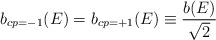
LaTeX: \begin{align*}b_{cp=-1}(E)=b_{cp=+1}(E)\equiv{b(E)\over\sqrt{2}}\end{align*}